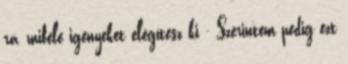
rá, miféle igényeket elégítesz ki - Szerintem pedig ezt